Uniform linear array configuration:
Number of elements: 4
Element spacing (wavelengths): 0.75
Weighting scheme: hann
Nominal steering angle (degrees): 0
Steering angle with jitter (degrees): -0.7915
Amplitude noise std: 0.05
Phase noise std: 0.05

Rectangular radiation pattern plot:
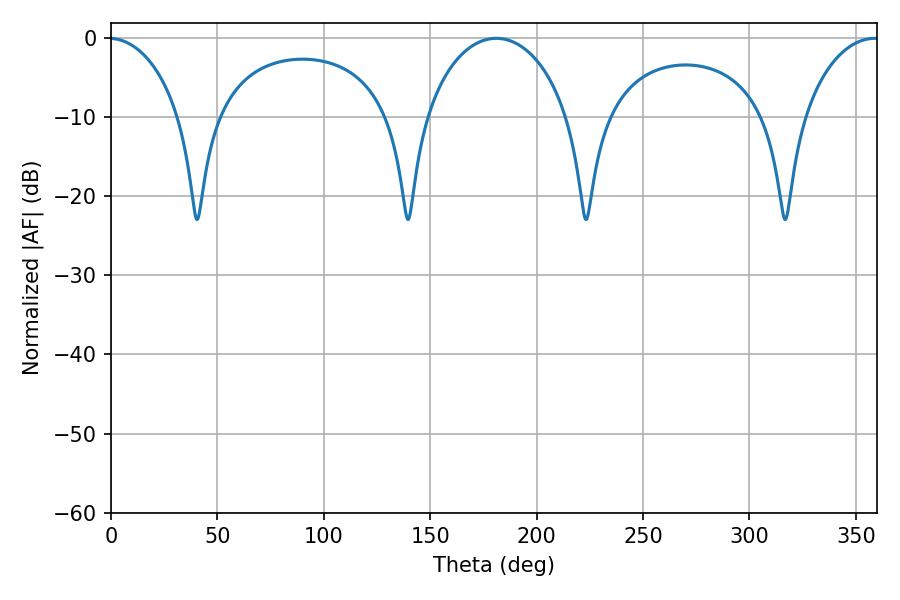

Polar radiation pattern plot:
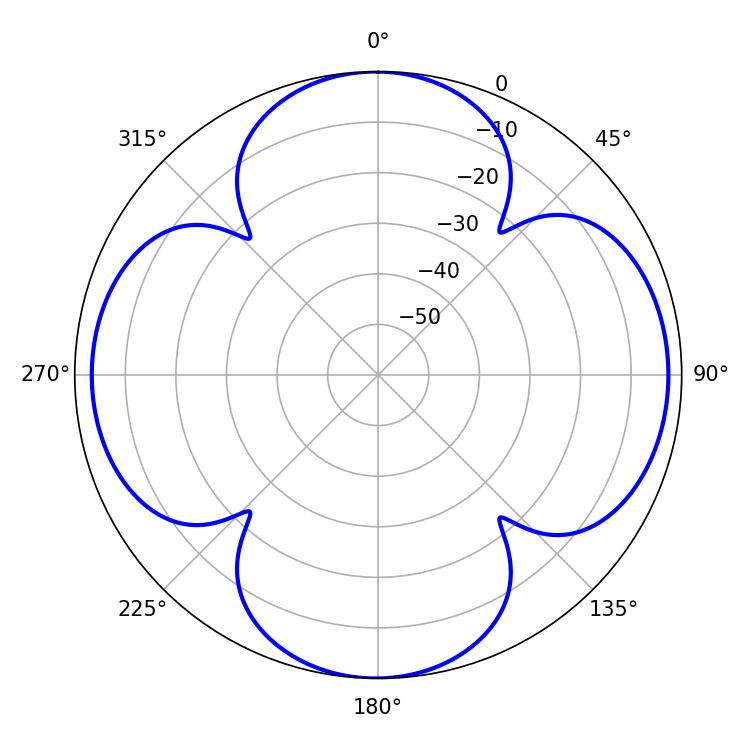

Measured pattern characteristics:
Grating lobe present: TRUE
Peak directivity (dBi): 14.275
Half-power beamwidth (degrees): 38.88
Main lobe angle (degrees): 181.08